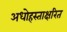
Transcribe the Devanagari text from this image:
अधोहस्ताक्षरित